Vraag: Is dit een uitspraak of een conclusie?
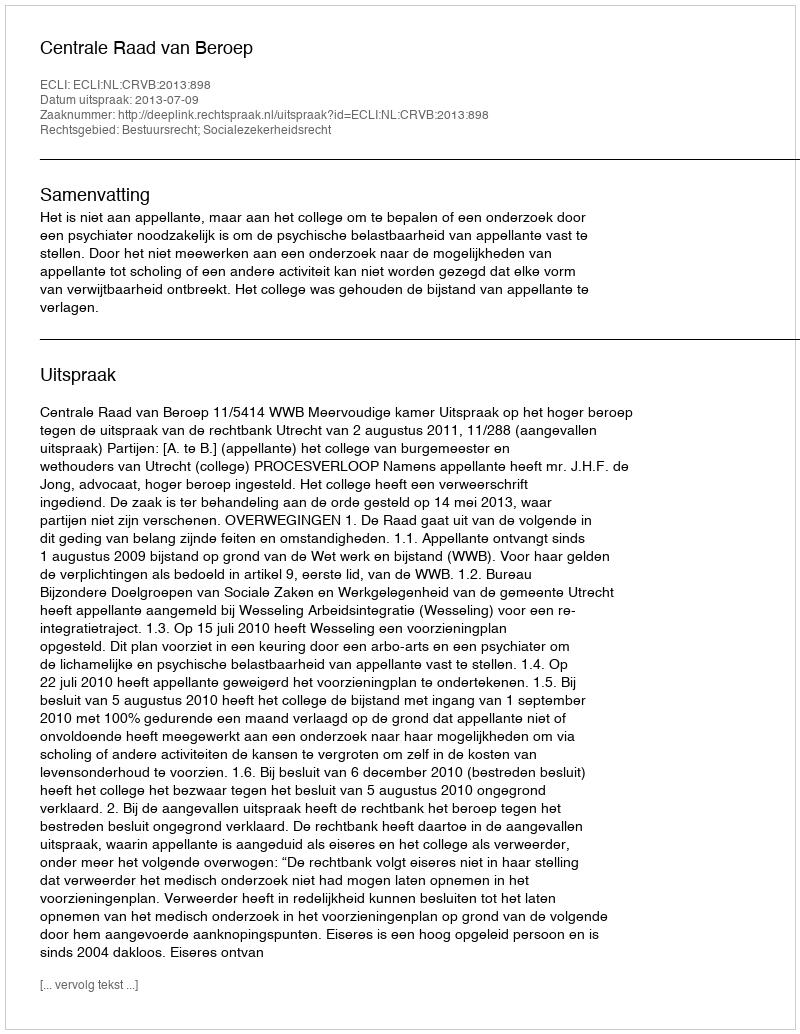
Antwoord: Uitspraak